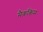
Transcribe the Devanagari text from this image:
मैककिम